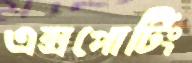
এক্সপোর্টিং